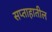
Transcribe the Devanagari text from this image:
सप्ताहातील